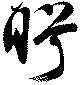
盻